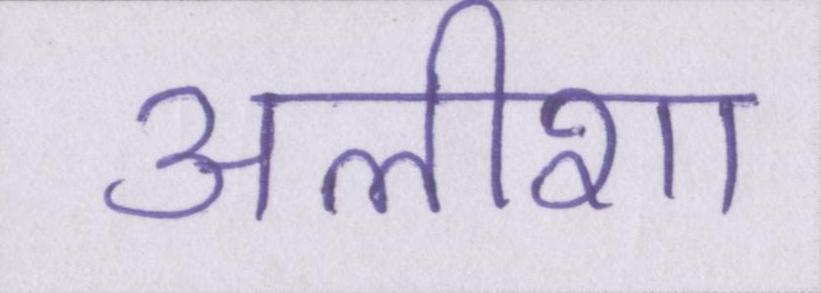
अलीशा